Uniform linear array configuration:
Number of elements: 16
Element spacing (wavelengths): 0.25
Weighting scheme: kaiser
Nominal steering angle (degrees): -45
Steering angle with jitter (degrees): -46.824
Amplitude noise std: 0.05
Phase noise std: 0.05

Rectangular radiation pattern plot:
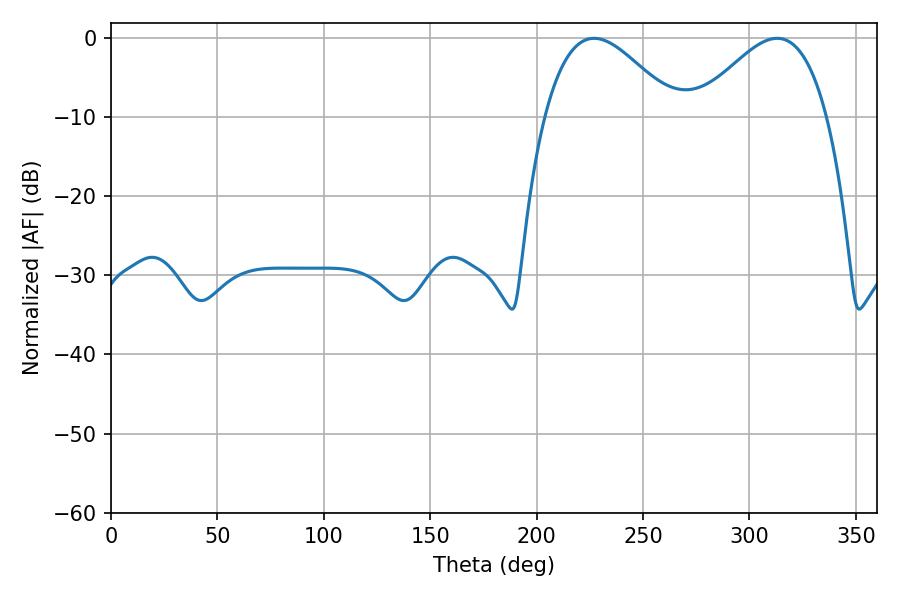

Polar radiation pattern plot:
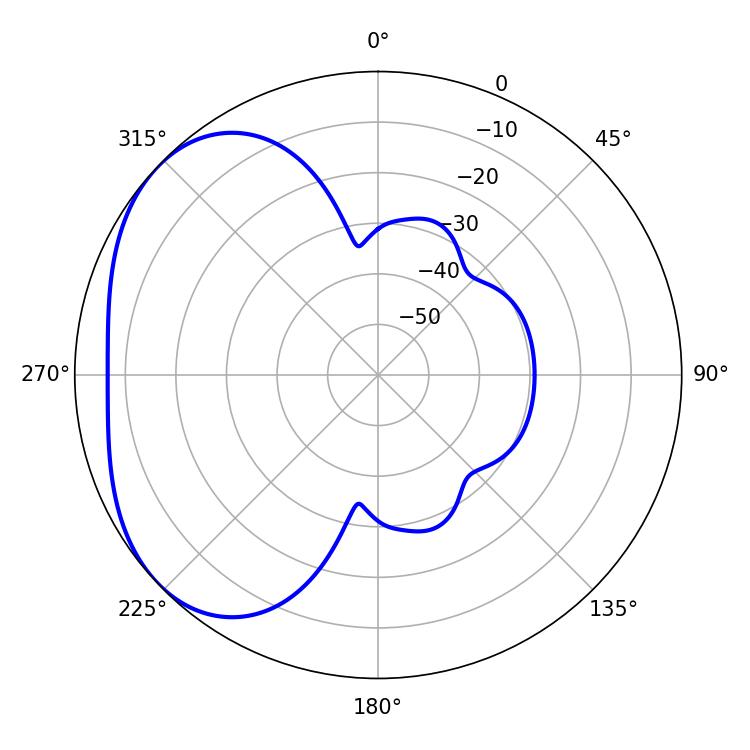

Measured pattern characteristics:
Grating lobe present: FALSE
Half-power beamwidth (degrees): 33.3
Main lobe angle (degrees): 226.98